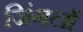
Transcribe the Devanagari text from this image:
जिंगलों